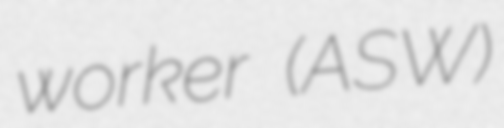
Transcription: worker (ASW)